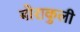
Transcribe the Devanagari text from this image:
बोराकुली